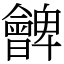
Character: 朇